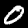
Digit: 0